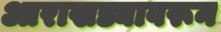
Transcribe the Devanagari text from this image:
आराखड्यावरून